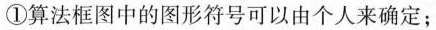
①算法框图中的图形符号可以由个人来确定；